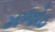
મજોઠ